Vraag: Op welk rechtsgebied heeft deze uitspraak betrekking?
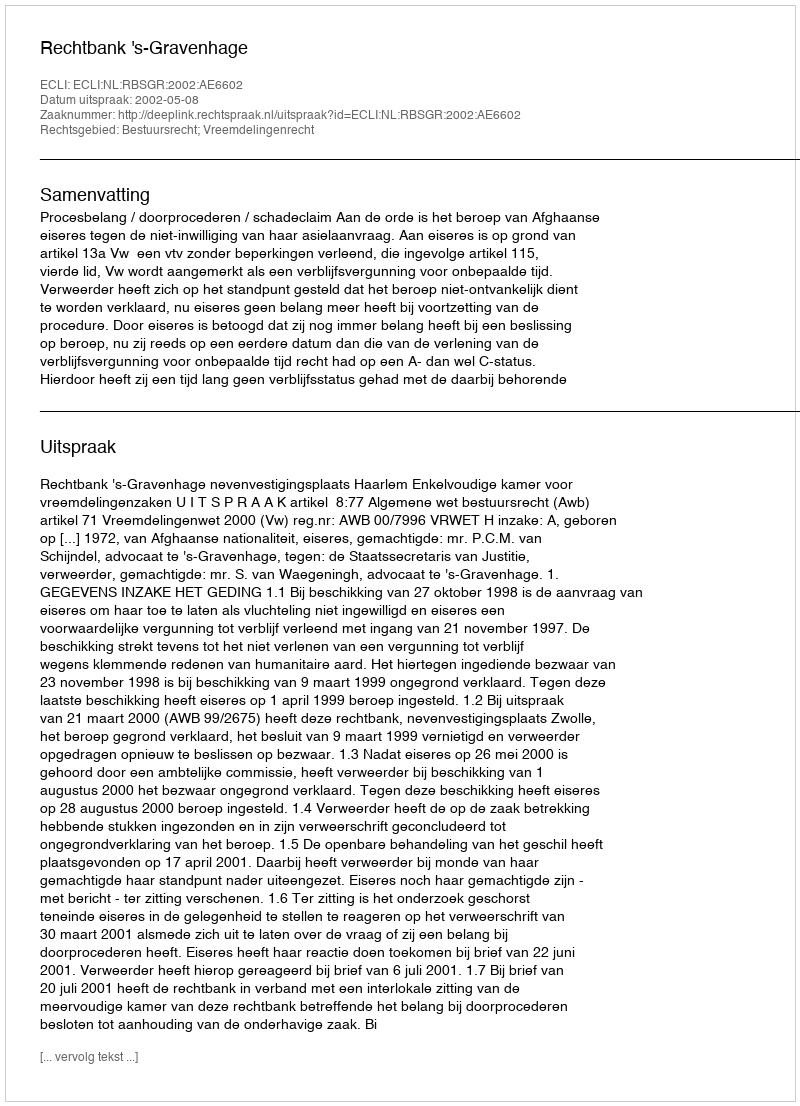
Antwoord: Bestuursrecht; Vreemdelingenrecht